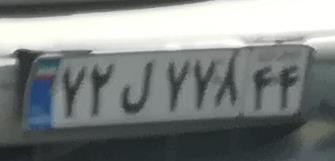
۷۲ل۷۷۸۴۴